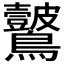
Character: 𪈞